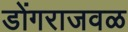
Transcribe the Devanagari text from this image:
डोंगराजवळ